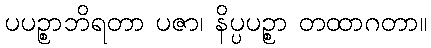
ပပဉ္စာဘိရတာ ပဇာ၊ နိပ္ပပဉ္စာ တထာဂတာ။